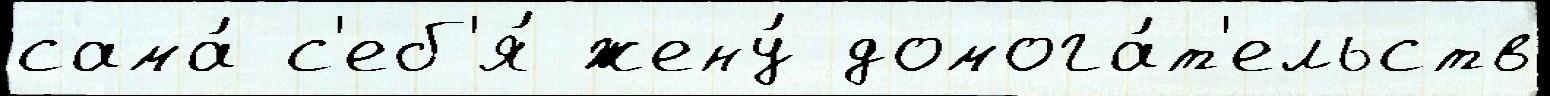
сама́ с'еб'я́ жену́ домога́т'ельств